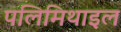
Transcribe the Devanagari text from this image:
पलिमिथाइल